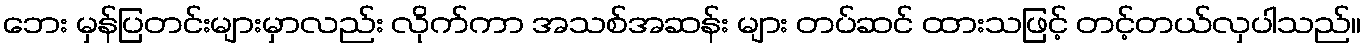
ဘေး မှန်ပြတင်းများမှာလည်း လိုက်ကာ အသစ်အဆန်း များ တပ်ဆင် ထားသဖြင့် တင့်တယ်လှပါသည်။